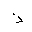
Letter: _thal